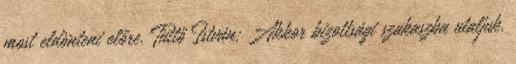
most eldönteni előre. Tüttő István: Akkor bizottsági szakaszba utaljuk.